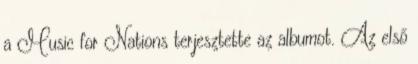
a Music for Nations terjesztette az albumot. Az első